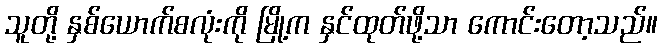
သူတို့ နှစ်ယောက်စလုံးကို မြို့က နှင်ထုတ်ဖို့သာ ကောင်းတော့သည်။